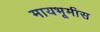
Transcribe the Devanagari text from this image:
मायभूमीस